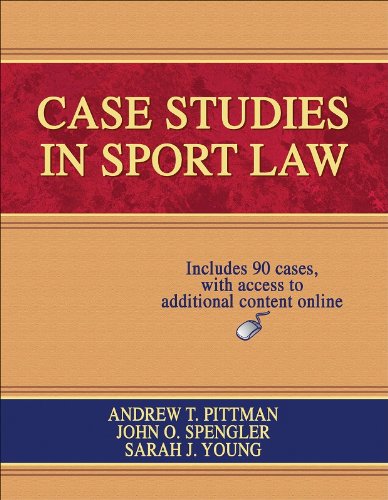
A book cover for Case Studies in Sport Law With Web Resource; Andrew Pittman; Business & Money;